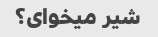
شیر میخوای؟